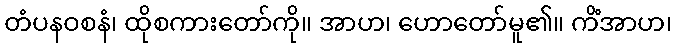
တံပနဝစနံ၊ ထိုစကားတော်ကို။ အာဟ၊ ဟောတော်မူ၏။ ကိံအာဟ၊